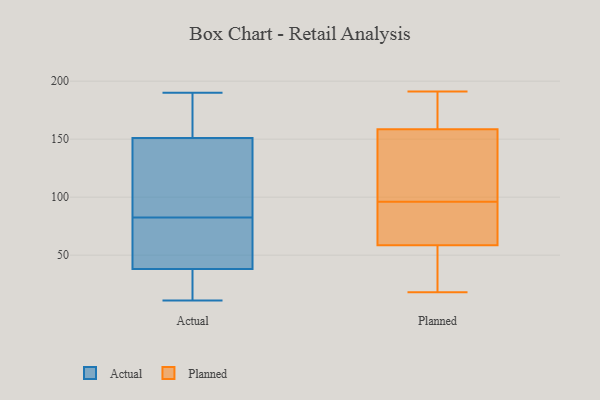
{"axis": {"x": "Headcount", "y": "Value"}, "legend": ["Actual", "Planned"], "data": [{"x": "", "y": 155, "type": "Actual"}, {"x": "", "y": 104, "type": "Actual"}, {"x": "", "y": 76, "type": "Actual"}, {"x": "", "y": 89, "type": "Actual"}, {"x": "", "y": 38, "type": "Actual"}, {"x": "", "y": 11, "type": "Actual"}, {"x": "", "y": 151, "type": "Actual"}, {"x": "", "y": 146, "type": "Actual"}, {"x": "", "y": 42, "type": "Actual"}, {"x": "", "y": 190, "type": "Actual"}, {"x": "", "y": 164, "type": "Actual"}, {"x": "", "y": 26, "type": "Actual"}, {"x": "", "y": 18, "type": "Actual"}, {"x": "", "y": 65, "type": "Actual"}, {"x": "", "y": 18, "type": "Planned"}, {"x": "", "y": 72, "type": "Planned"}, {"x": "", "y": 37, "type": "Planned"}, {"x": "", "y": 99, "type": "Planned"}, {"x": "", "y": 58, "type": "Planned"}, {"x": "", "y": 150, "type": "Planned"}, {"x": "", "y": 153, "type": "Planned"}, {"x": "", "y": 166, "type": "Planned"}, {"x": "", "y": 59, "type": "Planned"}, {"x": "", "y": 70, "type": "Planned"}, {"x": "", "y": 160, "type": "Planned"}, {"x": "", "y": 191, "type": "Planned"}, {"x": "", "y": 190, "type": "Planned"}, {"x": "", "y": 54, "type": "Planned"}, {"x": "", "y": 79, "type": "Planned"}, {"x": "", "y": 157, "type": "Planned"}, {"x": "", "y": 93, "type": "Planned"}, {"x": "", "y": 23, "type": "Planned"}, {"x": "", "y": 183, "type": "Planned"}, {"x": "", "y": 154, "type": "Planned"}]}